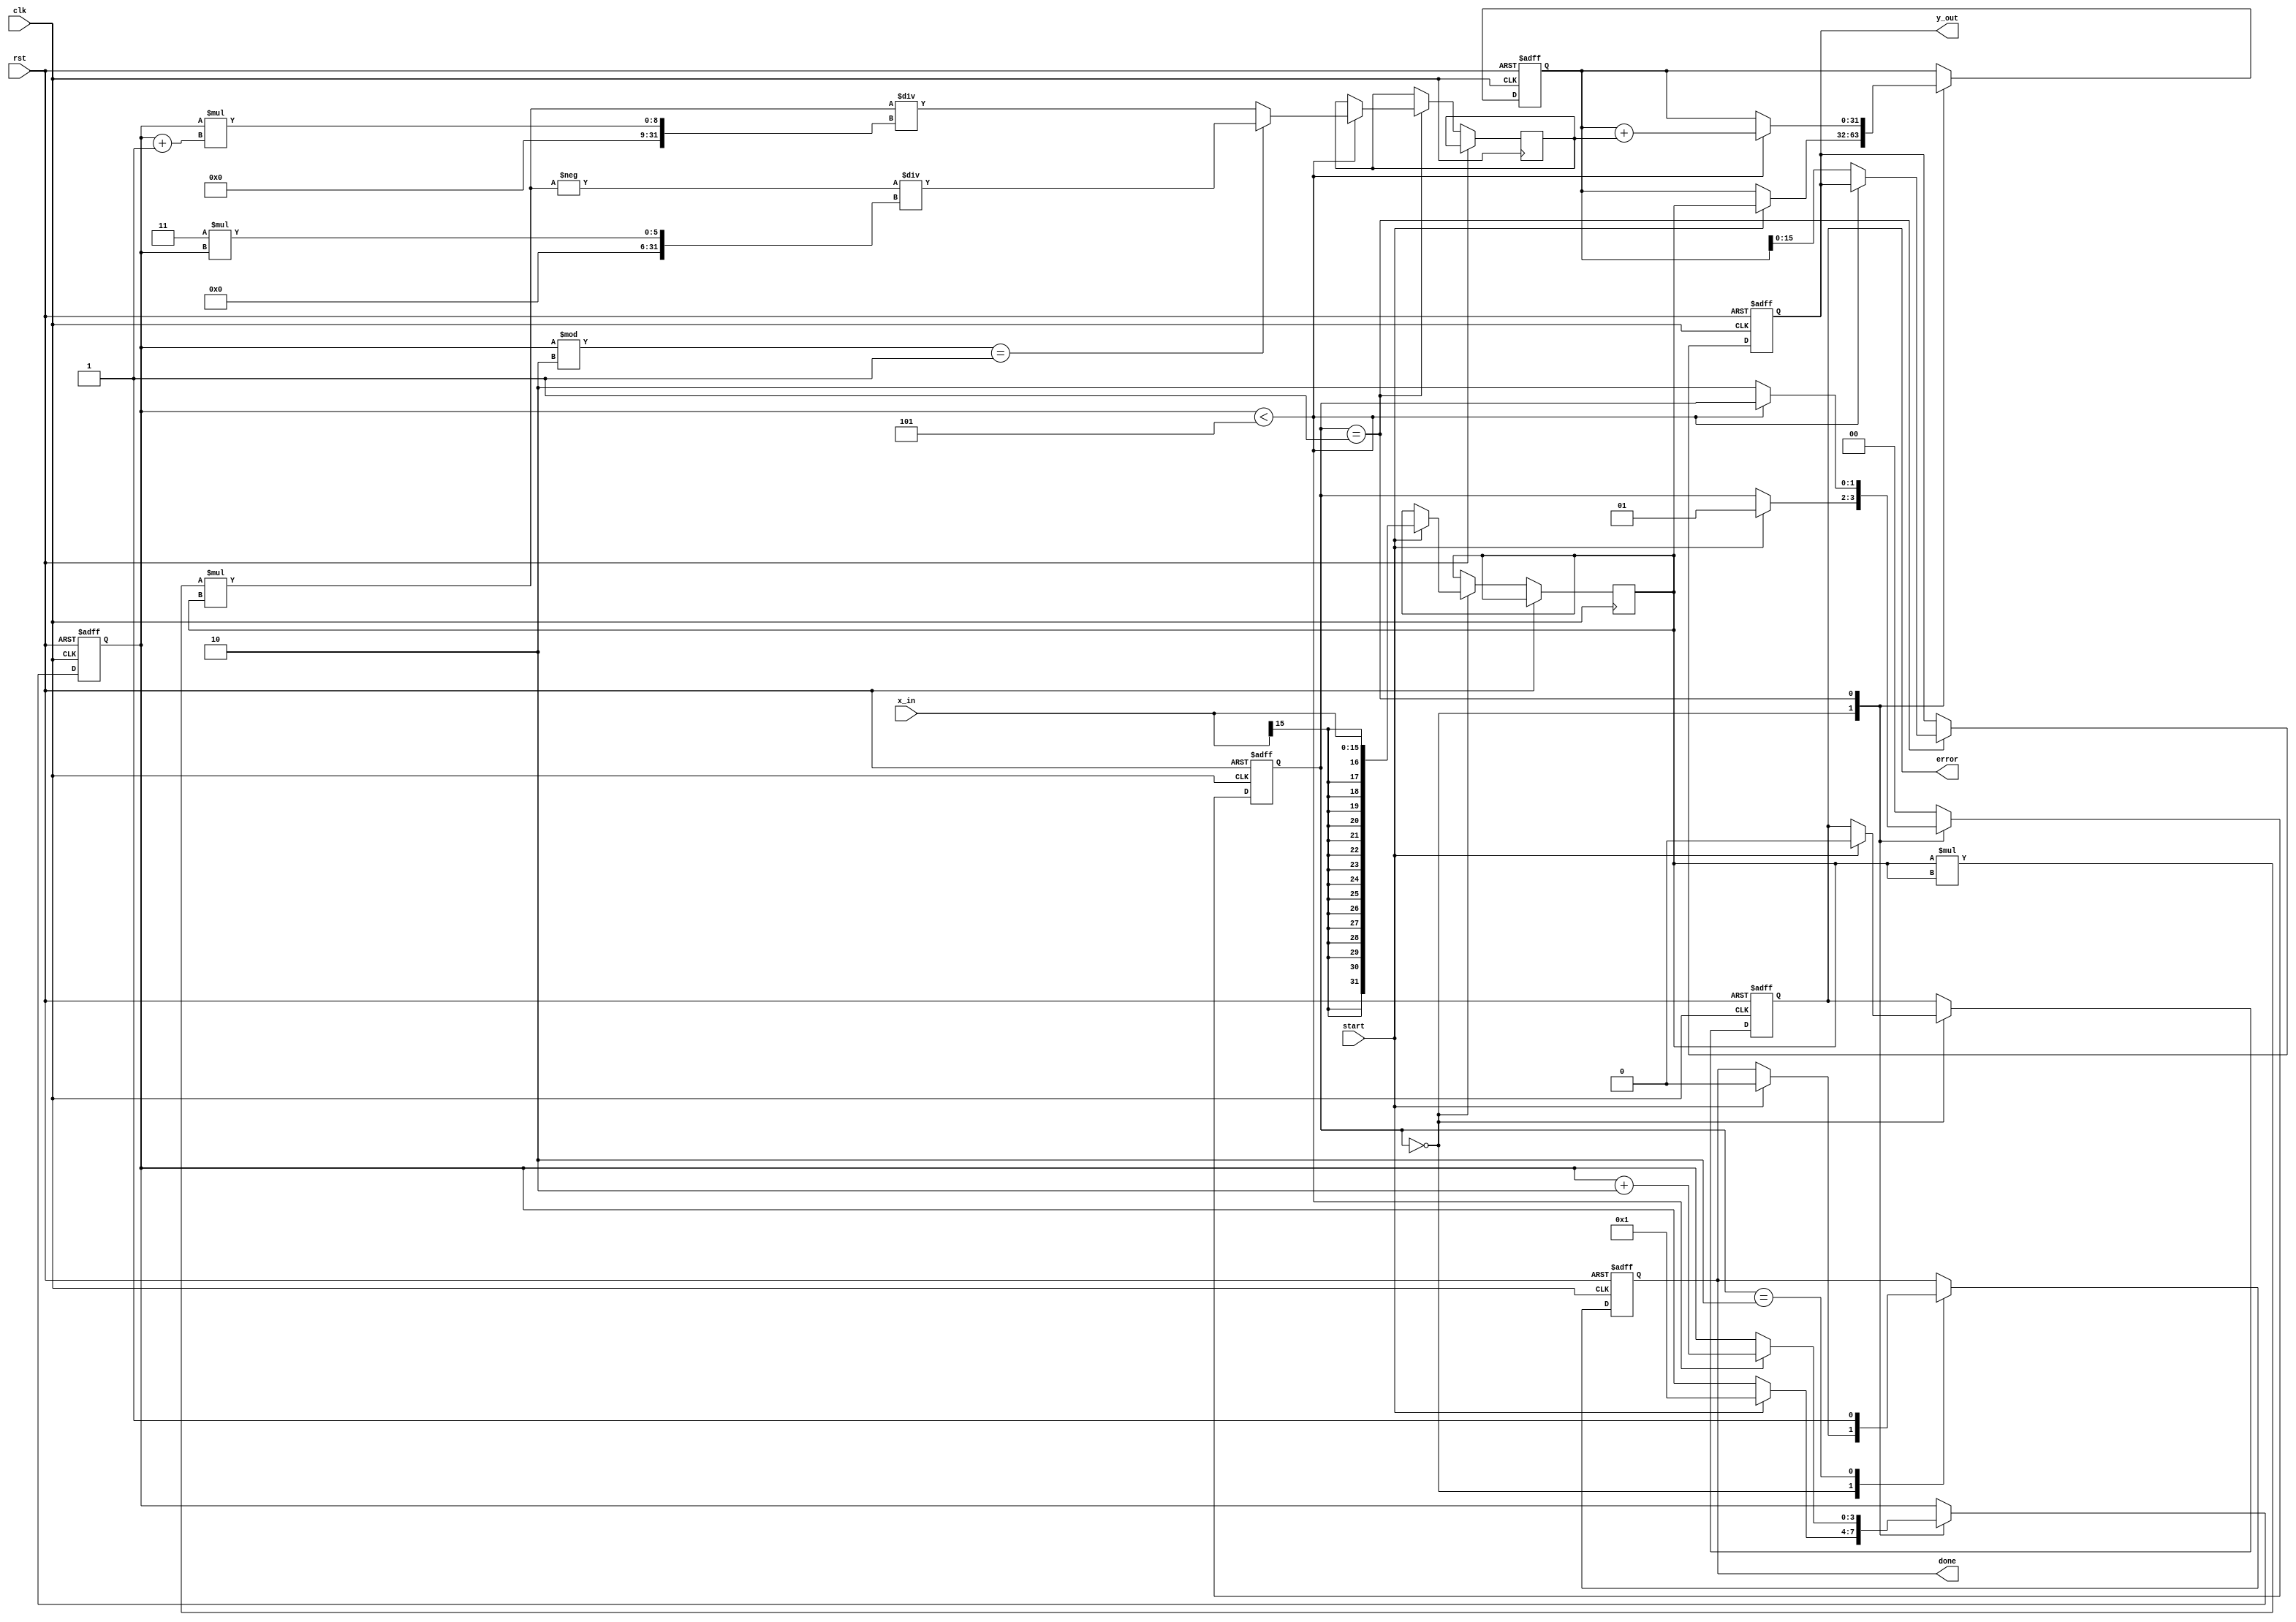
module atan_block (
    input wire clk,
    input wire rst,
    input wire start,
    input wire signed [15:0] x_in,  // 16-bit fixed-point input
    output reg signed [15:0] y_out,  // 16-bit fixed-point output
    output reg done,
    output reg error
);

    // Internal registers
    reg [1:0] state;  // FSM states
    reg signed [31:0] x;  // Extended precision for calculations
    reg signed [31:0] term;  // Current term in Taylor series
    reg signed [31:0] sum;   // Accumulated sum of series
    reg [3:0] n;           // Term index
    
    // State encoding
    localparam IDLE = 2'b00;
    localparam CALC = 2'b01;
    localparam DONE = 2'b10;

    // Parameters for Taylor series
    parameter MAX_TERMS = 5; // Number of terms in Taylor expansion

    // FSM to control computation
    always @(posedge clk or posedge rst) begin
        if (rst) begin
            state <= IDLE;
            y_out <= 0;
            done <= 0;
            error <= 0;
            sum <= 0;
            n <= 0;
        end else begin
            case (state)
                IDLE: begin
                    if (start) begin
                        // Normalize input
                        x <= x_in;  // Assuming input is in range
                        sum <= x;   // First term of Taylor series
                        n <= 1;     // Start with the first term
                        state <= CALC;
                        done <= 0;
                        error <= 0;
                    end
                end
                
                CALC: begin
                    if (n < MAX_TERMS) begin
                        // Compute the next term in the Taylor series
                        if (n % 2 == 1) begin
                            term <= -(x * x * x) / (3 * (n)); // Odd terms
                        end else begin
                            term <= (x * x * x) / (n * (n + 1)); // Even terms
                        end
                        sum <= sum + term;
                        n <= n + 2; // Increment term index (n by 2)
                    end else begin
                        // Finished computation
                        y_out <= sum[15:0]; // Output the result
                        state <= DONE;
                    end
                end
                
                DONE: begin
                    done <= 1; // Signal that computation is done
                    state <= IDLE; // Go back to IDLE
                end

                default: begin
                    state <= IDLE; // Fallback state
                end
            endcase
        end
    end
endmodule